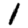
Digit: 1